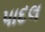
પાદલ